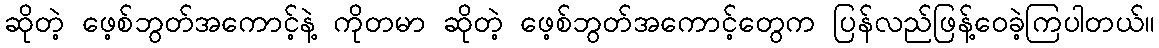
ဆိုတဲ့ ဖေ့စ်ဘွတ်အကောင့်နဲ့ ကိုတမာ ဆိုတဲ့ ဖေ့စ်ဘွတ်အကောင့်တွေက ပြန်လည်ဖြန့်ဝေခဲ့ကြပါတယ်။